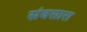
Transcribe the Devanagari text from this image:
संवसारा